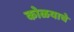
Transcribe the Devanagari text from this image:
कोळयाचे